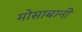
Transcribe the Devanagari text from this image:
मोसाबानी